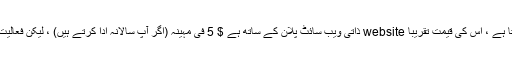
یہ حقیقت میں اسٹریٹٹک سے کہیں زیادہ سستا ہے ، اس کی قیمت تقریبا website ذاتی ویب سائٹ پلان کے ساتھ ہے $ 5 فی مہینہ (اگر آپ سالانہ ادا کرتے ہیں) ، لیکن فعالیت کے لحاظ سے کسی چیز کی کمی نہیں ہے۔